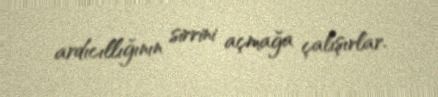
ardıcıllığının sirrini açmağa çalışırlar.